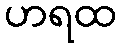
ဟရထ